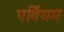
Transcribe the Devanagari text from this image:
एर्वियम